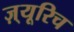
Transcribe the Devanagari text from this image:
ज़्यूरिच